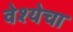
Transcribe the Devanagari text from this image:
वेश्येचा